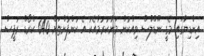
އިންޑިޔާގައި މެގީ ނޫޑްލްސް ވިއްކުން މަނާކުރުމާއެކު އެ ކުންފުންޏަށް 640 ކްރޯޑް ރުޕީސް